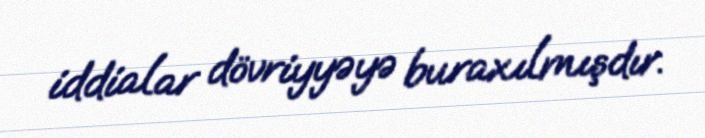
iddialar dövriyyəyə buraxılmışdır.